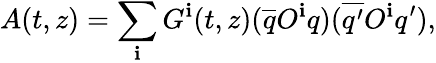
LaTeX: A(t,z)=\sum_{\mathbf{i}}G^{\mathbf{i}}(t,z)(\overline{{{{q}}}}O^{\mathbf{i}}q)(\overline{{{{q^{\prime}}}}}O^{\mathbf{i}}q^{\prime}),